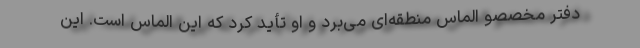
دفتر مخصصو الماس منطقه‌ای می‌برد و او تأید کرد که این الماس است. این